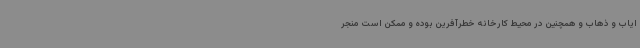
ایاب و ذهاب و همچنین در محیط کارخانه خطرآفرین بوده و ممکن است منجر